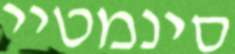
סינמטיי